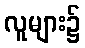
လူများ၌